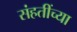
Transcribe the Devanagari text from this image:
संहतींच्या